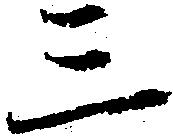
三